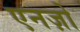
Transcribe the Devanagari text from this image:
एनज़ो